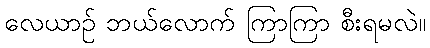
လေယာဉ် ဘယ်လောက် ကြာကြာ စီးရမလဲ။